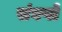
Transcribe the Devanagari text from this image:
संघप्ले